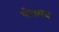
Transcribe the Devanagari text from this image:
गीतसंच